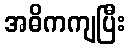
အဓိကကျပြီး